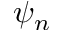
\psi _ { n }